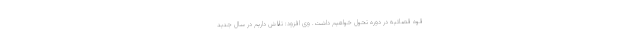
قوه قصائیه در دوره تحول خواهیم داشت. وی افزود: تلاش داریم در سال جدید